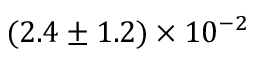
( 2 . 4 \pm 1 . 2 ) \times 1 0 ^ { - 2 }